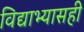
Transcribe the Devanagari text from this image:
विद्याभ्यासही